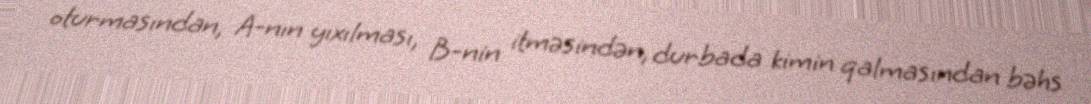
oturmasından, A-nın yıxılması, B-nin itməsindən, durbada kimin qalmasından bəhs